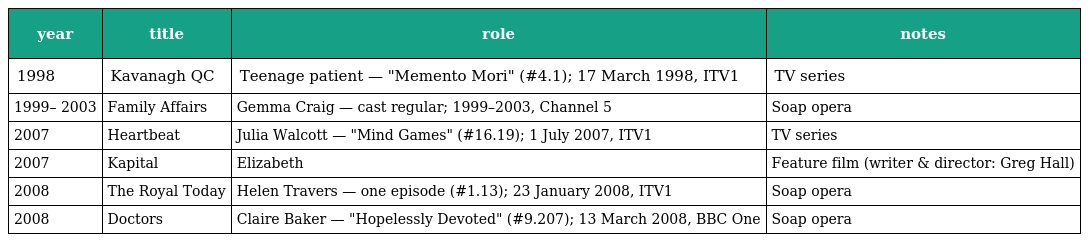
| year | title | role | notes |
 | --- | --- | --- | --- |
 | 1998 | Kavanagh QC | Teenage patient — "Memento Mori" (#4.1); 17 March 1998, ITV1 | TV series |
 | 1999– 2003 | Family Affairs | Gemma Craig — cast regular; 1999–2003, Channel 5 | Soap opera |
 | 2007 | Heartbeat | Julia Walcott — "Mind Games" (#16.19); 1 July 2007, ITV1 | TV series |
 | 2007 | Kapital | Elizabeth | Feature film (writer & director: Greg Hall) |
 | 2008 | The Royal Today | Helen Travers — one episode (#1.13); 23 January 2008, ITV1 | Soap opera |
 | 2008 | Doctors | Claire Baker — "Hopelessly Devoted" (#9.207); 13 March 2008, BBC One | Soap opera |